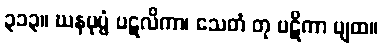
၃၁၃။ ဃနပုပ္ဖံ ပဋလိကာ၊ သေတံ တု ပဋိကာ ပျထ။